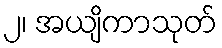
၂၊ အယျိကာသုတ်